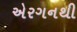
એરગનથી